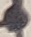
Text: C2